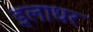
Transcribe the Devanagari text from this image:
इलाधर